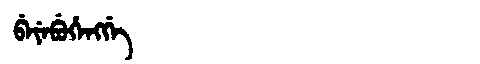
Manchu: ᠪᡝᠶᡝᠪᡠᡥᡝᠩᡤᡝ
Romanization: BEYEBUHENGGE